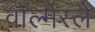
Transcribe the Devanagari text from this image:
वॉल्मेस्ले